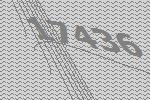
17436